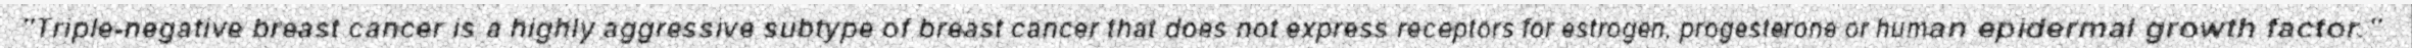
"Triple-negative breast cancer is a highly aggressive subtype of breast cancer that does not express receptors for estrogen, progesterone or human epidermal growth factor."